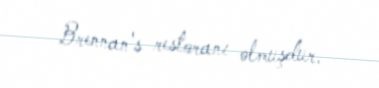
Brennan's restoranı olmuşdur.